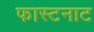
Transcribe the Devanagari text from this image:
फास्टनाट